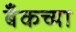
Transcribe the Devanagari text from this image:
बँकच्या